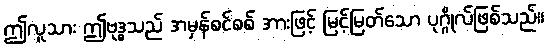
ဤလူသား ဤဗုဒ္ဓသည် အမှန်စင်စစ် အားဖြင့် မြင့်မြတ်သော ပုဂ္ဂိုလ်ဖြစ်သည်။